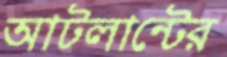
আটলান্টের